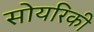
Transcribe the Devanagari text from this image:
सोयरिकी